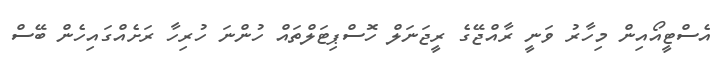
އެސްޓީއޯއިން މިހާރު ވަނީ ރާއްޖޭގެ ރީޖަނަލް ހޮސްޕިޓަލްތައް ހުންނަ ހުރިހާ ރަށެއްގައިހެން ބޭސް